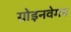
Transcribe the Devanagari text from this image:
ग्रोइनवेगन